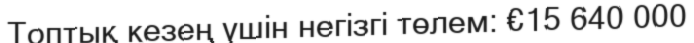
Топтық кезең үшін негізгі төлем: €15 640 000